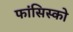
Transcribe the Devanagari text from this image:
फांसिस्को